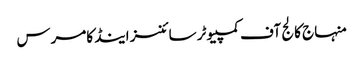
منہاج کالج آف کمپیوٹر سائنسز اینڈ کامرس